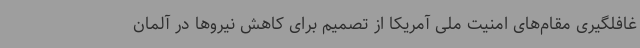
غافلگیری مقام‌های امنیت ملی آمریکا از تصمیم برای کاهش نیروها در آلمان